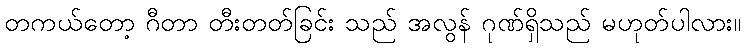
တကယ်တော့ ဂီတာ တီးတတ်ခြင်း သည် အလွန် ဂုဏ်ရှိသည် မဟုတ်ပါလား။